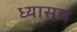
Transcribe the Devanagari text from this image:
ध्यासच